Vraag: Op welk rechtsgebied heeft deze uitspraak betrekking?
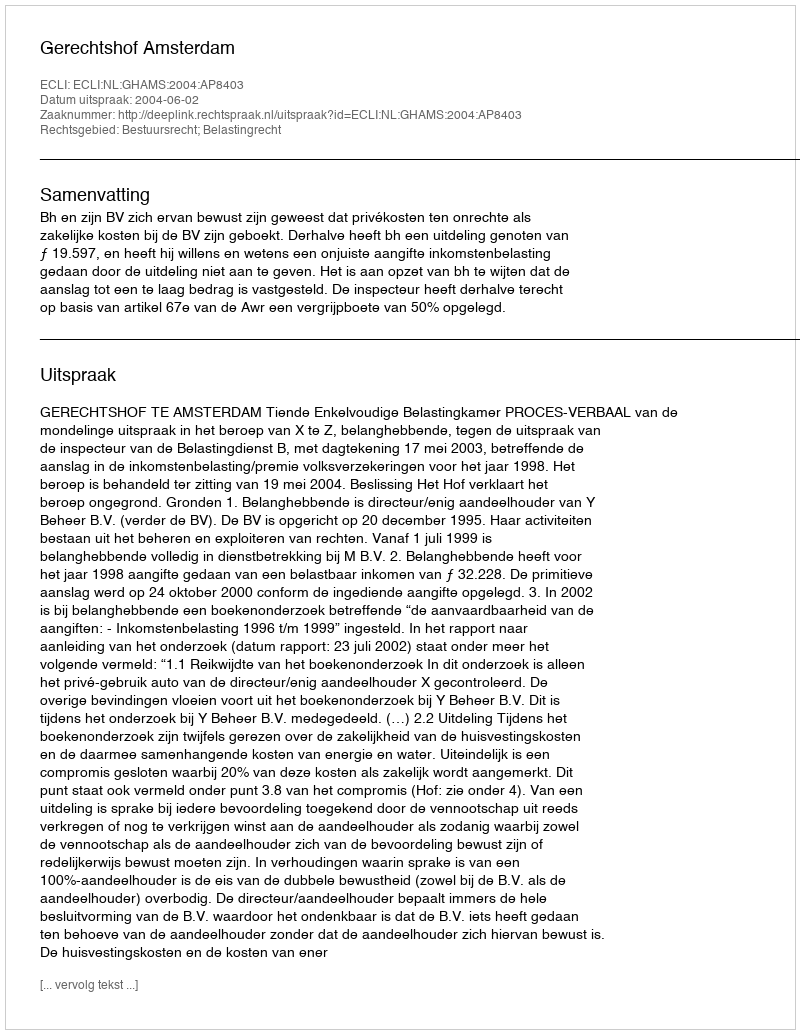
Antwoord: Bestuursrecht; Belastingrecht